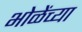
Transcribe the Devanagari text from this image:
भोळेंच्या